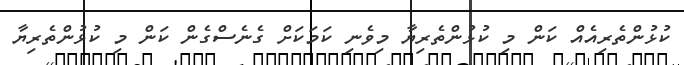
ކުޅުންތެރިއެއް ކަން މި ކުޅުންތެރިޔާ މިވެނި ކަމަކަށް ގެނެސްގެން ކަން މި ކުޅުންތެރިޔާ